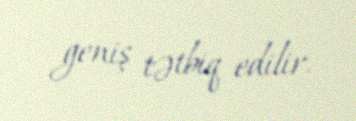
geniş tətbiq edilir.